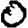
Digit: 0